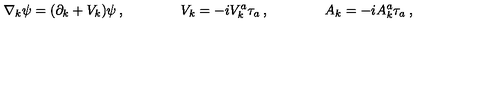
\nabla _ { k } \psi = ( \partial _ { k } + V _ { k } ) \psi \: , \qquad \qquad V _ { k } = - i V _ { k } ^ { a } \tau _ { a } \: , \qquad \qquad A _ { k } = - i A _ { k } ^ { a } \tau _ { a } \: ,